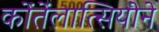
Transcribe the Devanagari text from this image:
कोंतेंलात्सियोने